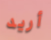
أريد